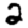
Digit: 2